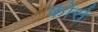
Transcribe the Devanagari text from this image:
कोर्स़